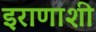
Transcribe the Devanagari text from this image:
इराणाशी